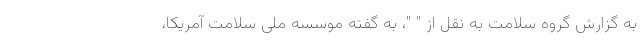
به گزارش گروه سلامت به نقل از " "، به گفته موسسه ملی سلامت آمریکا،